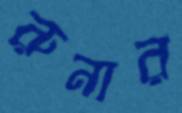
রুনার